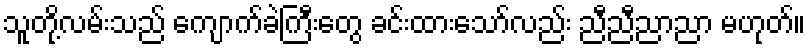
သူတို့လမ်းသည် ကျောက်ခဲကြီးတွေ ခင်းထားသော်လည်း ညီညီညာညာ မဟုတ်။